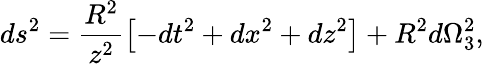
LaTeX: ds^{2}=\frac{R^{2}}{z^{2}}\left[-dt^{2}+dx^{2}+dz^{2}\right]+R^{2}d\Omega_{3}^{2},